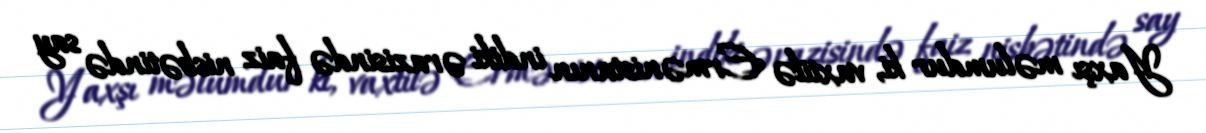
Yaxşı məlumdur ki, vaxtilə Ermənistanın indiki ərazisində faiz nisbətində say